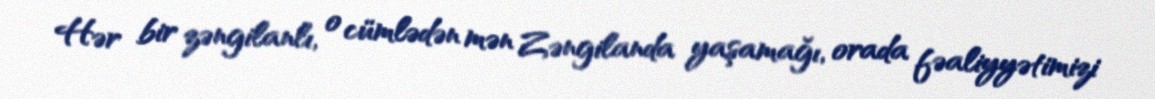
Hər bir zəngilanlı, o cümlədən mən Zəngilanda yaşamağı, orada fəaliyyətimizi